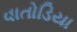
વાતોડિયા